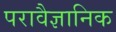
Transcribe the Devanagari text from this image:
परावैज्ञानिक